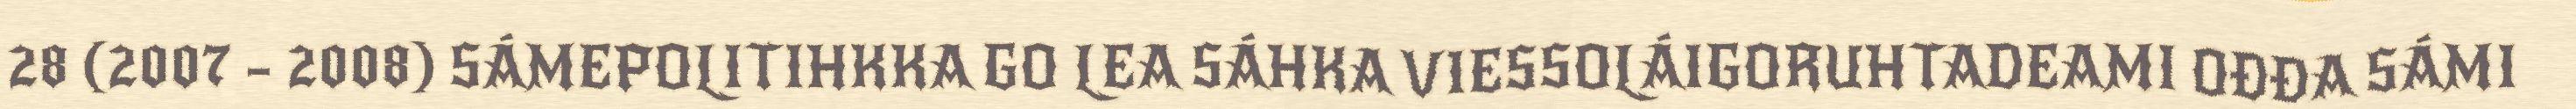
28 (2007 – 2008) SÁMEPOLITIHKKA GO LEA SÁHKA VIESSOLÁIGORUHTADEAMI OĐĐA SÁMI